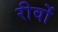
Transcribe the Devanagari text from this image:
रीवों